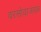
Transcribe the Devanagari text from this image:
वरसोवाजवळ